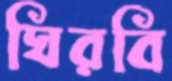
ঘিরবি